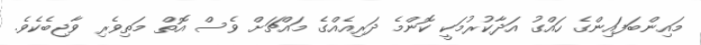
މައިންބަފައިންގެ ހައްގު އަދާކުރުމަކީ ކޮންމެ ދަރިއެއްގެ މައްޗަށް ވެސް އޮތް މަތިވެރި ވާޖިބެކެވެ.